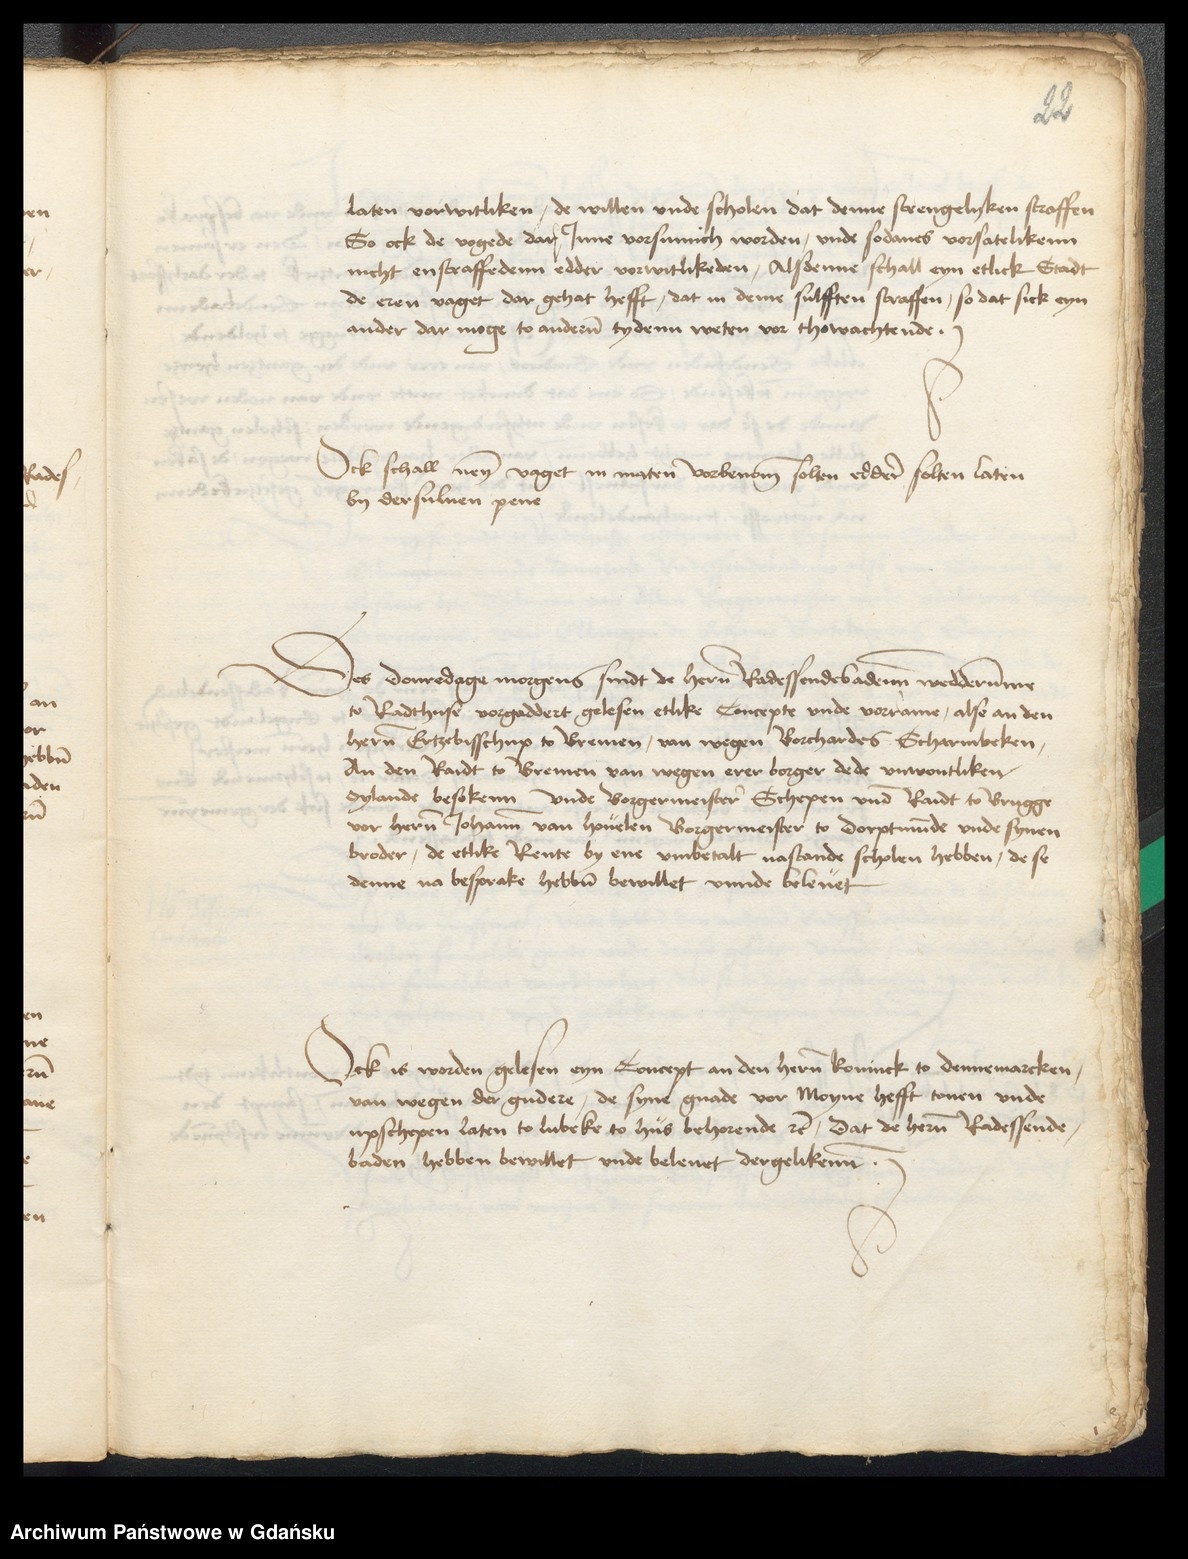
22

laten vorwitliken, de willen vnde scholen dat denne strengelyken straffen
So ock de vogede dar Jnne vorsumich worden, vnde sodanes vorsatelikenn
nicht enstraffedenn edder vorwitlikeden, Alsdenne schal eyn etlick Stadt
de eren vaget dar gehat hefft, dat in deme sulfften straffen, so dat sick eyn
ander dar moge to anderen tydenn wesen vor thowachtende.

Ock schall neyn vaget in maten vorbenomen solten eddere solten laten
by dersuluen pene.

Des Donredage morgens sindt de heren Radessendebaden wedderumme
to Radthuse vorgaddert gelesen etlike Concepte vnde vorrame, alse an den
heren Ertzebisschup to Bremen, van wegen Borchardes Scharmbeken
an den Radt to Bremen van wegen erer borger dede vnwontliken
Sylande besokenn vnde Borgermeister Schepen vnde Radt to Brugge
vor heren Johann van Houelen Borgermeister to Dorpmunde vnde synen
broder, de etlike Rente by ene vmbetalt nastande scholen hebben, de se
denne na besprake hebben bewillet vnde beleuet.

Ock is worden gelesen eyn Concept an den heren koninck to Dennemarcken,
van wegen der gudere, de syne gnade vor Moyne hefft touen vnde
upschepen laten to Lubeke to hus behorende etcetera, dat de heren Radessende¬
baden hebben bewillet vnde beleuet dergelikenne.